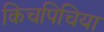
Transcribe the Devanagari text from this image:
किचपिचिया